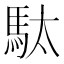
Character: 駄